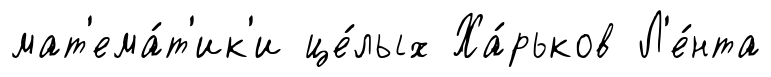
мат'ема́т'ик'и це́лых Ха́рьков Л'е́нта